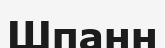
Шпанн